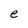
Character: e